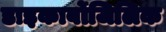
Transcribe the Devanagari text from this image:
डाइकार्बोजिलिक